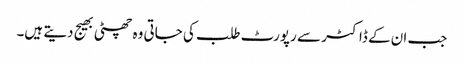
جب ان کے ڈاکٹر سے رپورٹ طلب کی جاتی وہ چھٹی بھیج دیتے ہیں۔